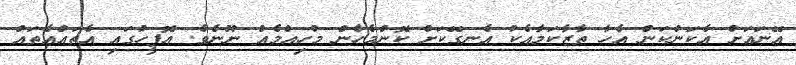
އޭނައަށް އެކަންކަން އެހާ ތާޒާކަމާއެކު އެނގޭކަށް ކޮންމެހެން މުހިއްމެއް ނޫނެވެ. އޮފީހުގައި އެތައްއެތައް